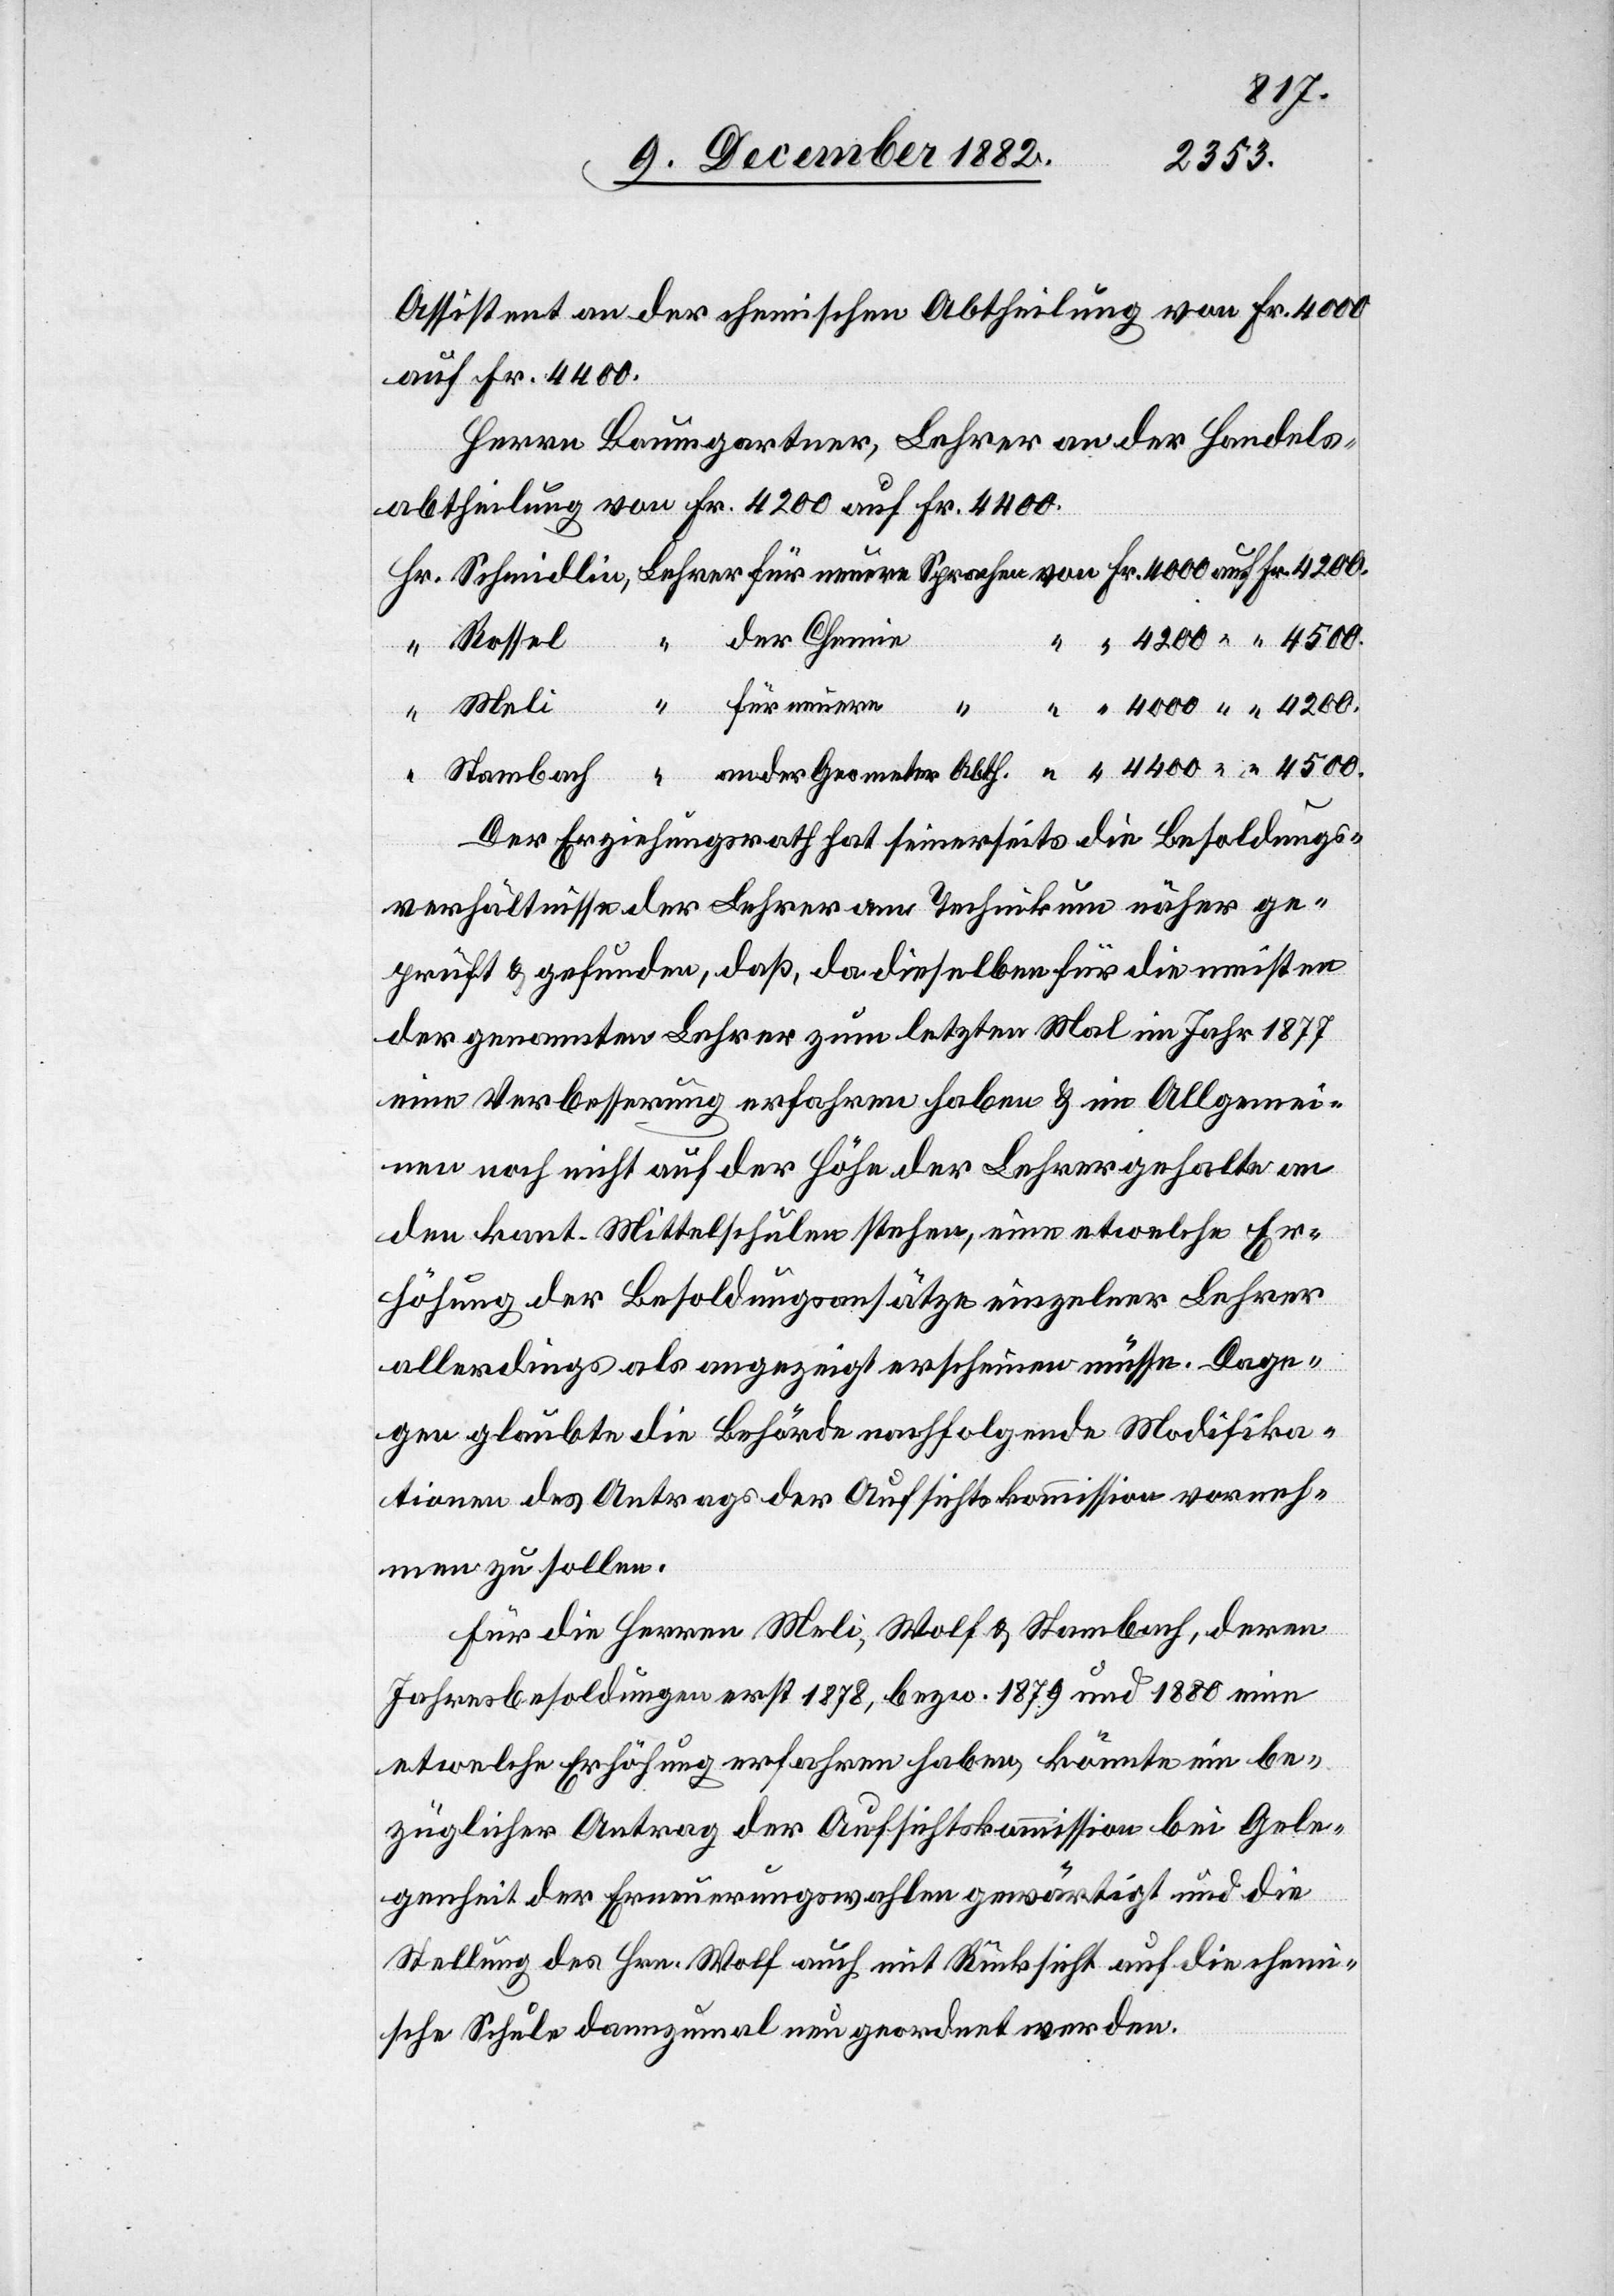
4500.
Assistent an der chemischen Abtheilung von Fr. 4000
auf Fr. 4400.
Herrn Baumgartner, Lehrer an der Handels¬
abtheilung von Fr. 4200 auf Fr. 4400.
an der Geometer
Rossel
Der Erziehungsrath hat seinerseits die Besoldungs¬
verhältnisse der Lehrer am Technikum näher ge¬
prüft & gefunden, daß, da dieselben für die meisten
der genannten Lehrer zum letzten Mal im Jahr 1877
eine Verbesserung erfahren haben & im Allgemei¬
nen noch nicht auf der Höhe der Lehrergehalte an
den kant. Mittelschulen stehen, eine etwelche Er¬
höhung der Besoldungsansätze einzelner Lehrer
allerdings als angezeigt erschienen müsse. Dage¬
gen glaubte die Behörde nachfolgende Modifika¬
tionen des Antrags der Aufsichtskommission vorneh¬
men zu sollen.
Für die Herren Meli, Wolf & Stambach, deren
Jahresbesoldungen erst 1878, bezw. 1879 und 1880 eine
etwelche Erhöhung erfahren haben, könnte ein be¬
züglicher Antrag der Aufsichtskommission bei Gele¬
genheit der Erneuerungswahlen gewärtigt und die
Stellung des Hrn. Wolf auch mit Rücksicht auf die chemi¬
sche Schule dannzumal neu geordnet werden.